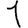
Digit: 1